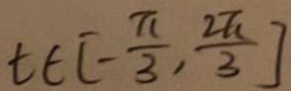
t \in [ - \frac { \pi } { 3 } , \frac { 2 \pi } { 3 } ]